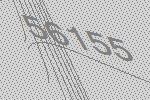
56155